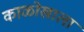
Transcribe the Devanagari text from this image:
काळोखाला